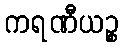
ကရဏီယဉ္စ